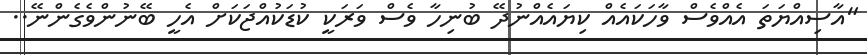
"އާސިއްޔަތަ އެއްވެސް ވާހަކައެއް ކިޔައެއްނުދޭ ބުނިހާ ވެސް ވަރަކީ ކުޑަކުއްޖަކަށް އެހީ ބޭނުންވެގެންނޭ..